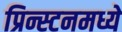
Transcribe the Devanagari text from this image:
प्रिन्स्टनमध्ये